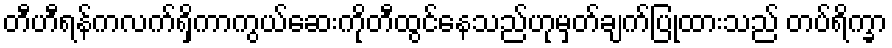
တီဟီရန်ကလက်ရှိကာကွယ်ဆေးကိုတီထွင်နေသည်ဟုမှတ်ချက်ပြုထားသည် တပ်ရိက္ခာ